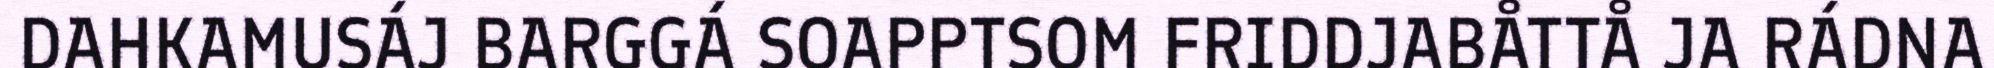
DAHKAMUSÁJ BARGGÁ SOAPPTSOM FRIDDJABÅTTÅ JA RÁDNA